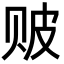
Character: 𬥶